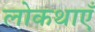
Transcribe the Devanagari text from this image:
लोकथाएँ